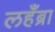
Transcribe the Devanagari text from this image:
लहँब्रा